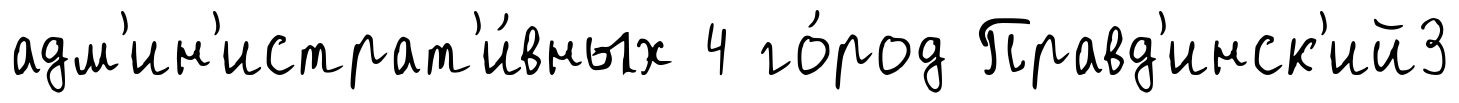
адм'ин'истрат'и́вных 4 го́род Правд'инск'ий3